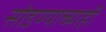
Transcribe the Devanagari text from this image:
सोडण्याच्याही